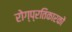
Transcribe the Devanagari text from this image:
रोग्प्रतिकारकों